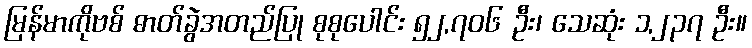
မြန်မာကိုဗစ် ဓာတ်ခွဲအတည်ပြု စုစုပေါင်း ၅၂,၇၀၆ ဦး၊ သေဆုံး ၁,၂၃၇ ဦး။